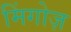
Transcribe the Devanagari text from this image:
मिंगोज़